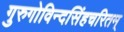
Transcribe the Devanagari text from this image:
गुरुगोविन्दसिंहचरितम्